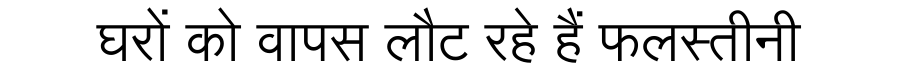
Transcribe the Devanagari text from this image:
घरों को वापस लौट रहे हैं फलस्तीनी